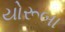
યોરૂબા